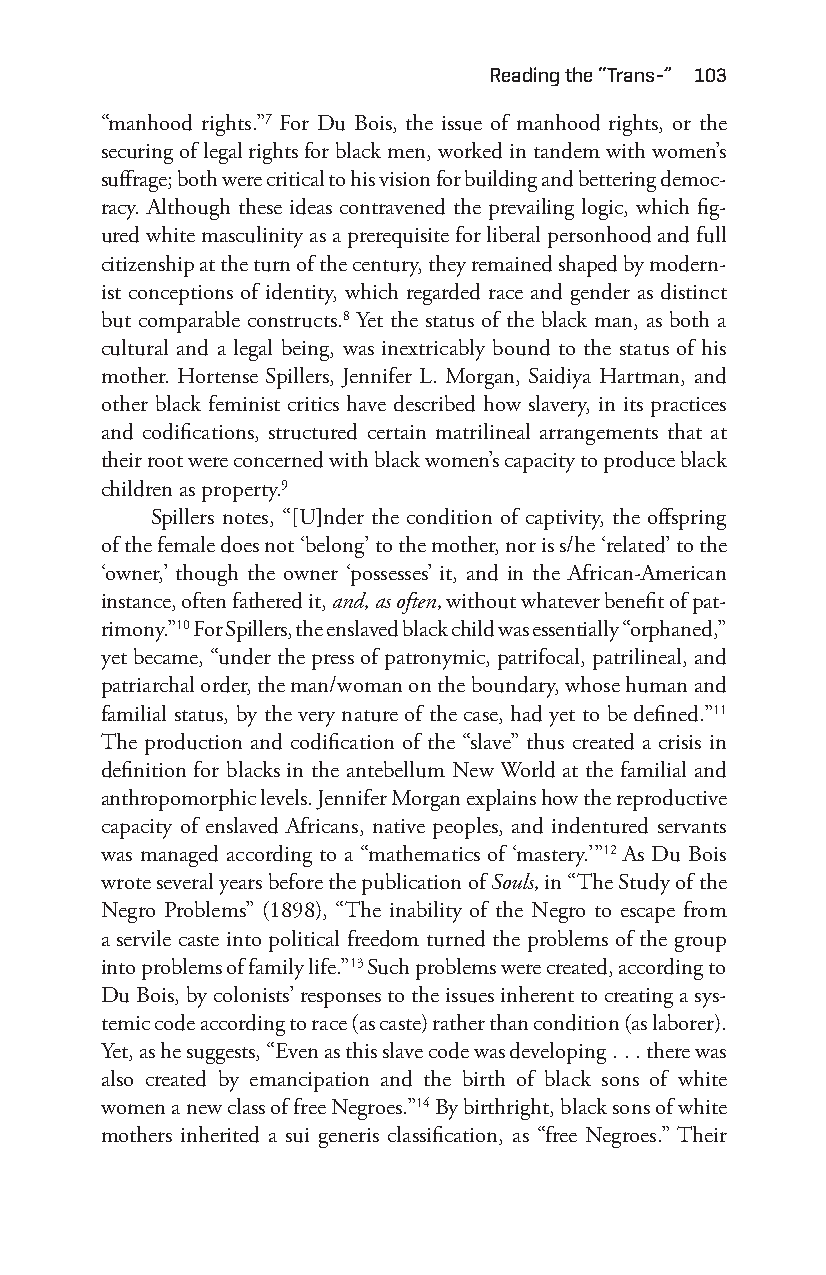
reading the “trans-” 103
 “manhood rights.”7 For Du Bois, the issue of manhood rights, or the
 securing of legal rights for black men, worked in tandem with women’s
 suffrage; both were critical to his vision for building and bettering democ-
 racy. Although these ideas contravened the prevailing logic, which fig-
 ured white masculinity as a prerequisite for liberal personhood and full
 citizenship at the turn of the century, they remained shaped by modern-
 ist conceptions of identity, which regarded race and gender as distinct
 but comparable constructs.8 Yet the status of the black man, as both a
 cultural and a legal being, was inextricably bound to the status of his
 mother. Hortense Spillers, Jennifer L. Morgan, Saidiya Hartman, and
 other black feminist critics have described how slavery, in its practices
 and codifications, structured certain matrilineal arrangements that at
 their root were concerned with black women’s capacity to produce black
 children as property.9
 Spillers notes, “[U]nder the condition of captivity, the offspring
 of the female does not ‘belong’ to the mother, nor is s/he ‘related’ to the
 ‘owner,’ though the owner ‘possesses’ it, and in the African- American
 instance, often fathered it, and, as often, without whatever benefit of pat-
 rimony.”10 For Spillers, the enslaved black child was essentially “orphaned,”
 yet became, “under the press of patronymic, patrifocal, patrilineal, and
 patriarchal order, the man/woman on the boundary, whose human and
 familial status, by the very nature of the case, had yet to be defined.”11
 The production and codification of the “slave” thus created a crisis in
 definition for blacks in the antebellum New World at the familial and
 anthropomorphic levels. Jennifer Morgan explains how the reproductive
 capacity of enslaved Africans, native peoples, and indentured servants
 was managed according to a “mathematics of ‘mastery.’”12 As Du Bois
 wrote several years before the publication of Souls, in “The Study of the
 Negro Problems” (1898), “The inability of the Negro to escape from
 a servile caste into political freedom turned the problems of the group
 into problems of family life.”13 Such problems were created, according to
 Du Bois, by colonists’ responses to the issues inherent to creating a sys-
 temic code according to race (as caste) rather than condition (as laborer).
 Yet, as he suggests, “Even as this slave code was developing . . . there was
 also created by emancipation and the birth of black sons of white
 women a new class of free Negroes.”14 By birthright, black sons of white
 mothers inherited a sui generis classification, as “free Negroes.” Their
 Snorton.indd 103                            29/09/2017 8:41:03 AM